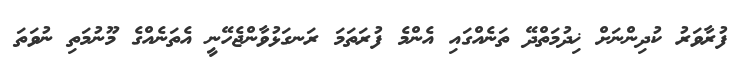
ފުރާވަރު ކުދިންނަށް ޚިދުމަތްދޭ ތަނެއްގައި އެންމެ ފުރަތަމަ ރަނގަޅުވާންޖެހޭނީ އެތަނެއްގެ މޫނުމަތި ނުވަތަ